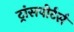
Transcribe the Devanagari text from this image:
ट्रांसपोर्टर्स